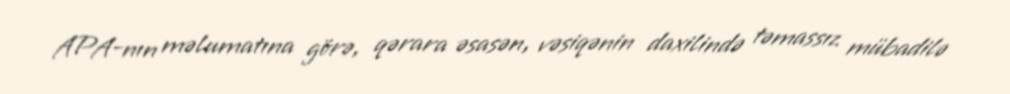
APA-nın məlumatına görə, qərara əsasən, vəsiqənin daxilində təmassız mübadilə